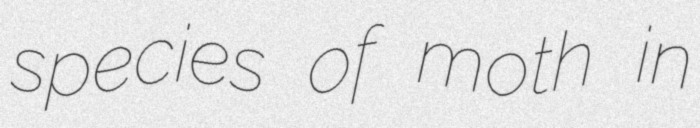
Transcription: species of moth in